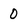
Character: 0